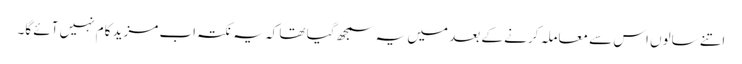
اتنے سالوں اس سے معاملہ کرنے کے بعد میں یہ سمجھ گیا تھا کہ یہ نکتہ اب مزید کام نہیں آئے گا۔